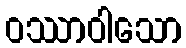
ဝဿာဝါသော